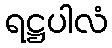
ရဋ္ဌပါလံ